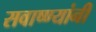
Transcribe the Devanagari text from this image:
सवाष्ण्यांनी